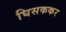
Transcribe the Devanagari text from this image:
घिसककर